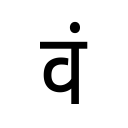
OCR:
वं